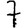
Digit: 7